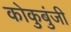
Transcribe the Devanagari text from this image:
कोकुबुंजी